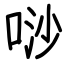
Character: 唦